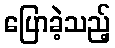
ပြောခဲ့သည့်